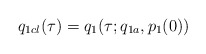
\begin{align*}q_{1cl}(\tau) = q_{1}(\tau; q_{1a}, p_{1}(0))\end{align*}